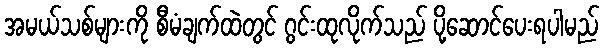
အမယ်သစ်များကို စီမံချက်ထဲတွင် ဂွင်းထုလိုက်သည် ပို့ဆောင်ပေးရပါမည်